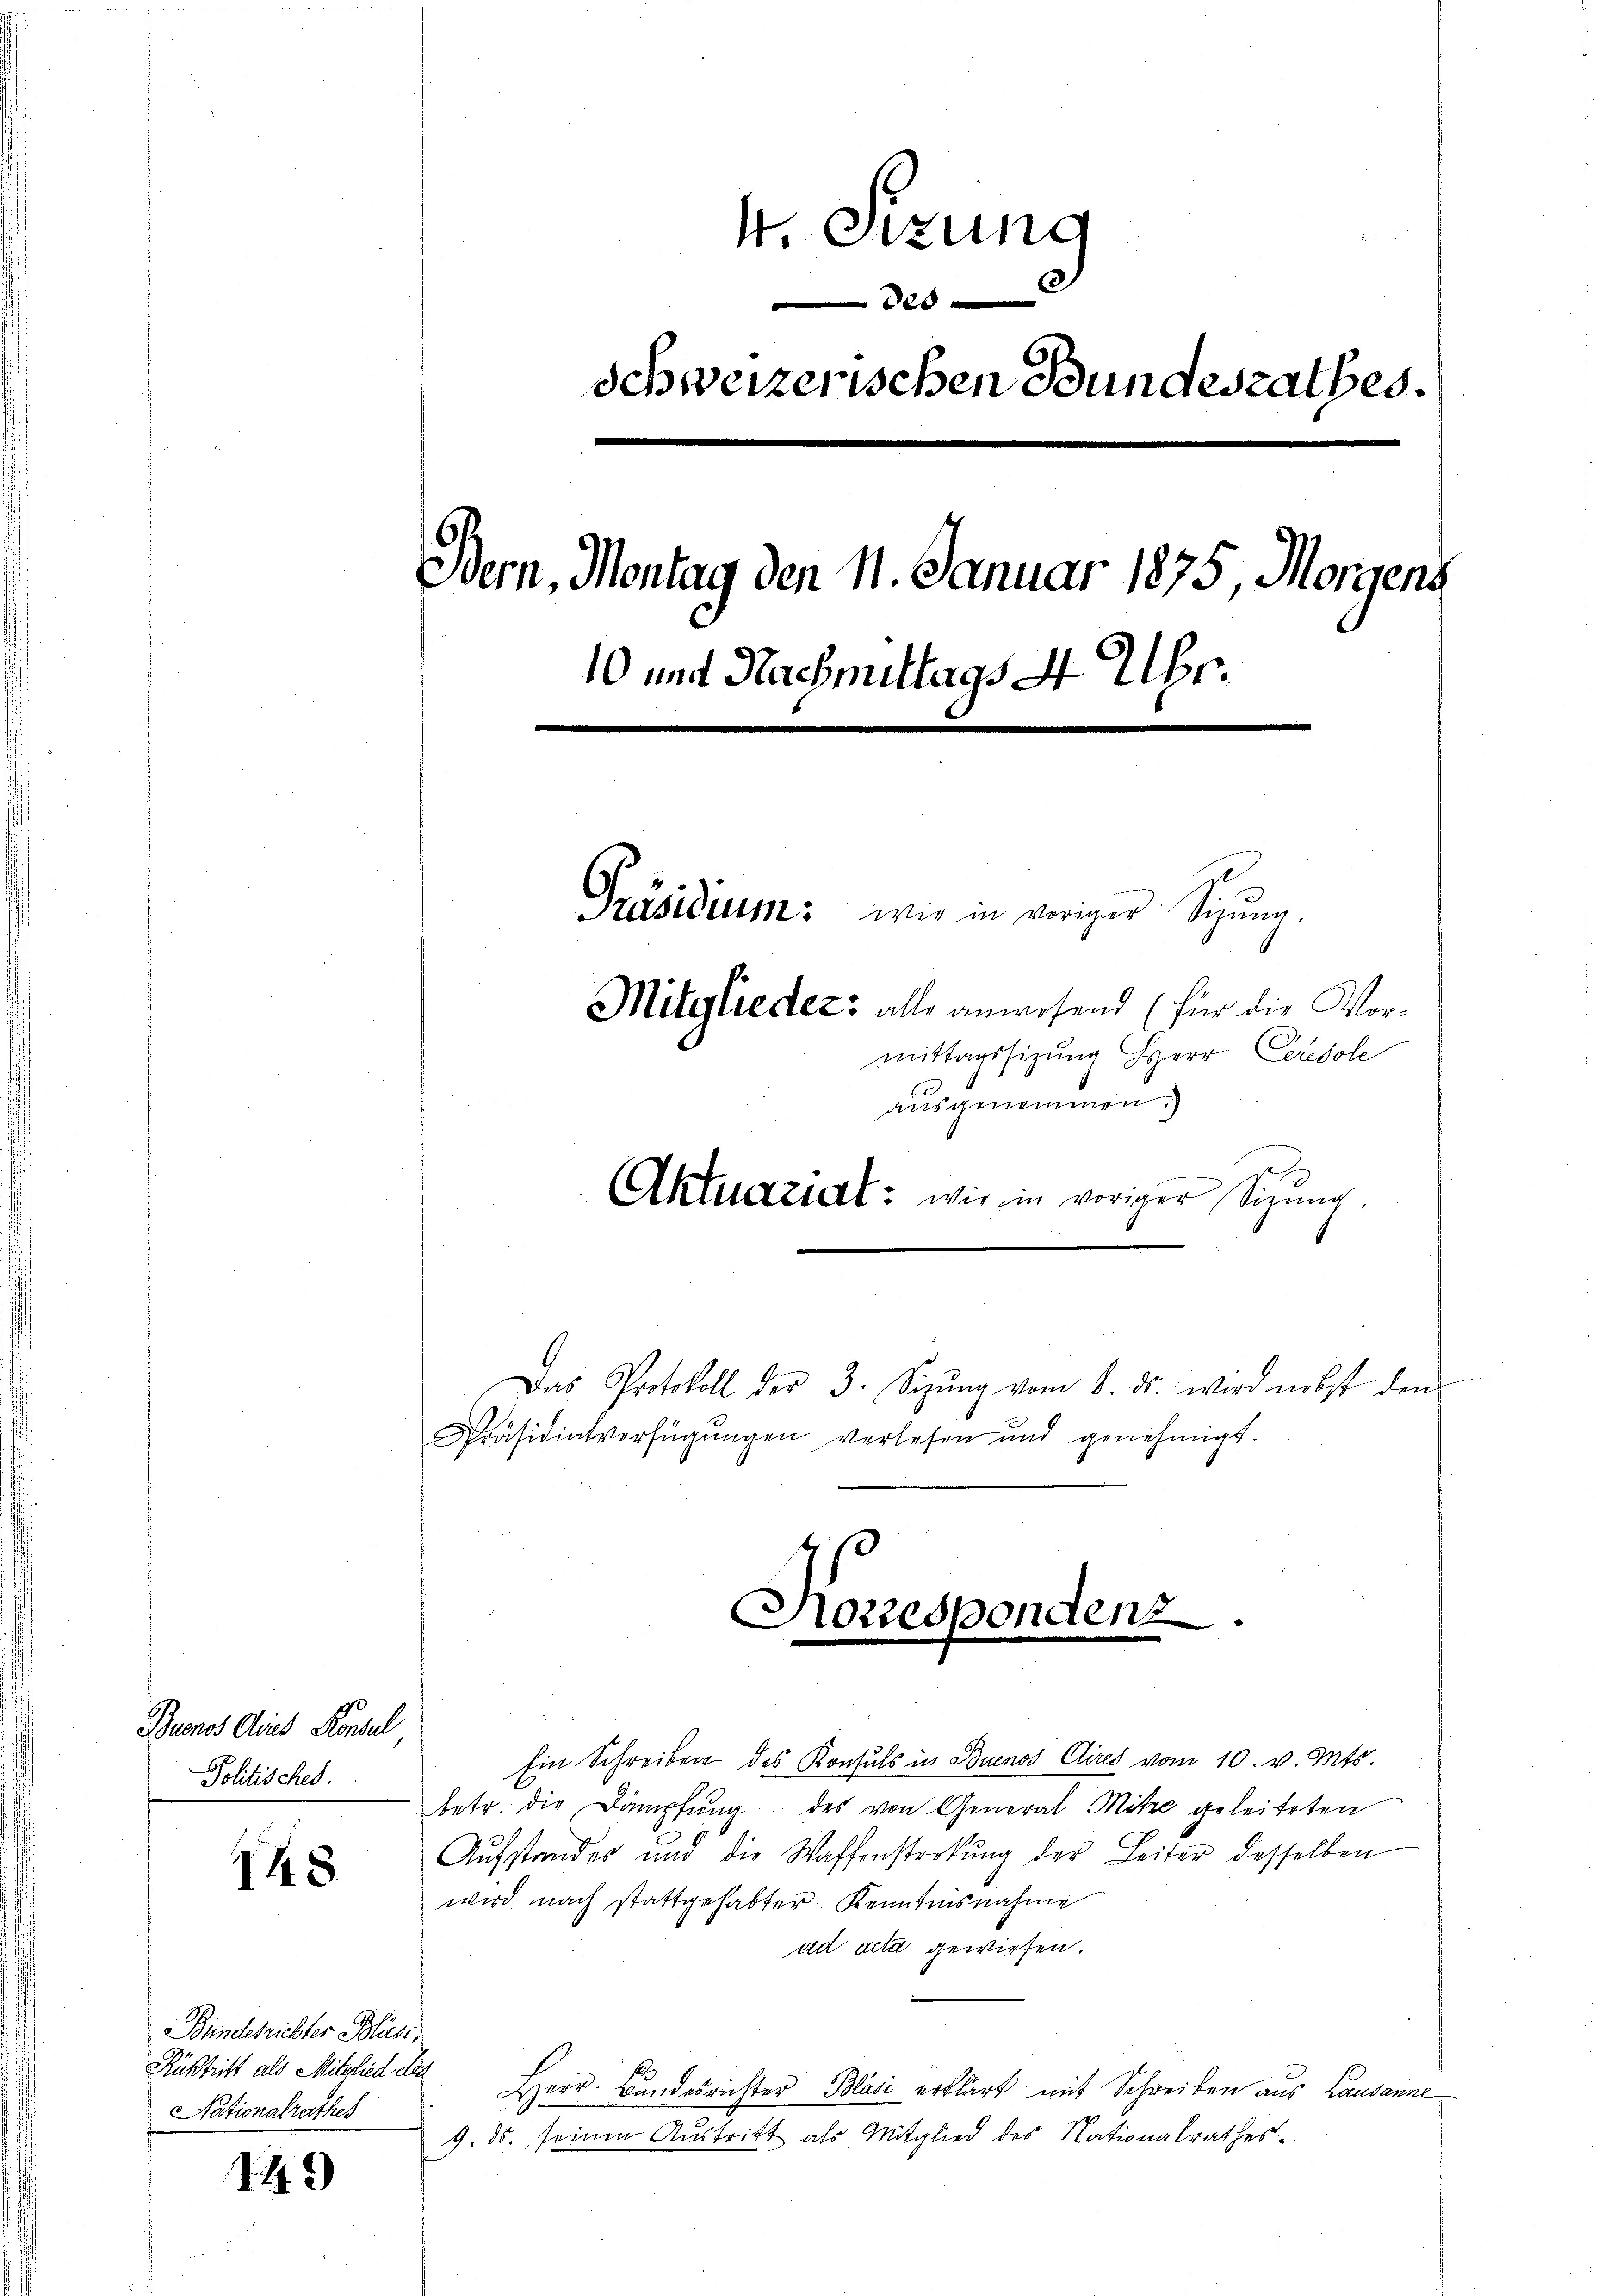
Buenos die Konsul
Politisches.

148.

Bundesrichter Bläsi¬
Rüßtritt als Mitglied des
Nationalrathes

143

eizung

Schweizerischen Bundesrathes.
Bern, Montag den 1. Januar 1875, Morgens
10 und Nachmittags 4 Uhr.
.
Präsidium: wie in voriger Sigŭng.
Mitglieder: alle anwesend (für die Vormittagssizung Herr Ceredole
ausgenommen.

Das Protokoll der 3. Sizŭng vom 8. ds. wird nebst den
Präsidialverfügungen verlesen und genehmigt.
Korrespondenz.

Aktuaziert: wie in voriger Sitzung.

Ein Schreiben des Konsuls in Buenos Aires vom 10. v. Mts.
betr. die Dämpfung des von General Mitze geleiteten
Aŭfstandes und die Waffenstrekŭng der Leiter desselben
wird nach stattgehabter Kenntnisnahme
ad acta gewiesen.
Herr. Bundesrichter Blasi erklärt mit Schreiben aus Lausanne
9. ds. seinen Austritt als Mitglied des Nationalrathes